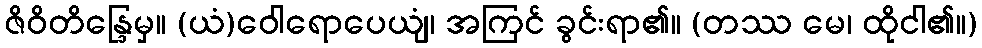
ဇိဝိတိန္ဒြေမှ။ (ယံ)ဝေါရောပေယျံ၊ အကြင် ခွင်းရာ၏။ (တဿ မေ၊ ထိုငါ၏။)